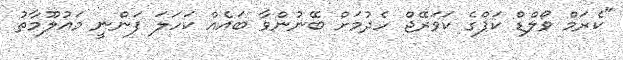
"ކެރަމް ވޯލްޑް ކަޕްގެ ކަވަރޭޖް ހެދުމަށް ބޭނުންވާ ބައެއް ކަހަލަ ފަންނީ މައުލޫމާތު